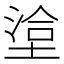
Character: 𭏄